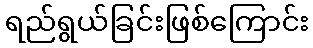
ရည်ရွယ်ခြင်းဖြစ်ကြောင်း